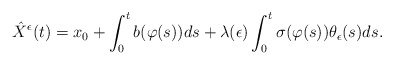
\begin{align*}\hat{X}^{\epsilon}(t)&=x_{0}+\int^{t}_{0}b(\varphi(s))ds+\lambda(\epsilon)\int^{t}_{0}\sigma(\varphi(s))\theta_{\epsilon}(s)ds.\end{align*}